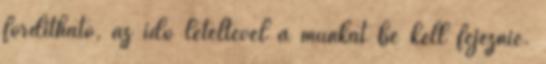
fordítható, az idő leteltével a munkát be kell fejeznie.